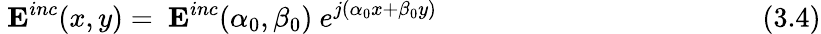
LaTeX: ~\mathbf{E}^{inc}(x,y)=~\mathbf{E}^{inc}(\alpha_{0},\beta_{0})~e^{j(\alpha_{0}x+\beta_{0}y)}~~~~~~~~~~~~~~~~~~~~~~~~~~~~~~~~~~~~~~~~~~~~~~(3.4)